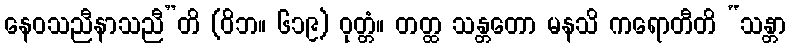
နေဝသညီနာသညီ”တိ (ဝိဘ။ ၆၁၉) ဝုတ္တံ။ တတ္ထ သန္တတော မနသိ ကရောတီတိ “သန္တာ